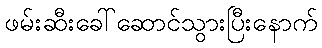
ဖမ်းဆီးခေါ်ဆောင်သွားပြီးနောက်